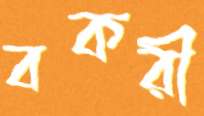
বকরী